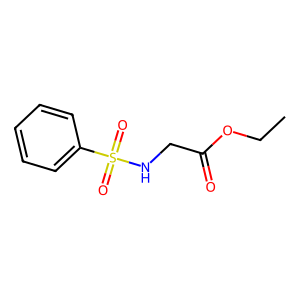
SMILES: CCOC(=O)CNS(=O)(=O)c1ccccc1
Inhibits HIV replication: No